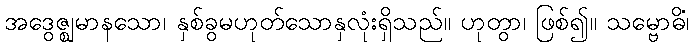
အဒွေဇ္ဈမာနသော၊ နှစ်ခွမဟုတ်သောနှလုံးရှိသည်။ ဟုတွာ၊ ဖြစ်၍။ သမ္ဗောဓိံ၊